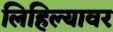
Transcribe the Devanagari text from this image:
लिहिल्यावर